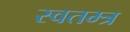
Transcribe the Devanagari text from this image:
स्वतम्त्र